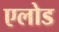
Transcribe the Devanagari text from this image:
एलोड